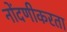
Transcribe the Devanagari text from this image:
नोंदणीकरता